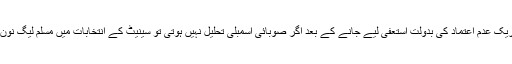
ثنا اللہ زہری کے خلاف تحریک عدم اعتماد کی بدولت استعفیٰ لیے جانے کے بعد اگر صوبائی اسمبلی تحلیل نہیں ہوتی تو سینیٹ کے انتخابات میں مسلم لیگ نون کو زیادہ نقصان نہیں ہو گا۔